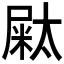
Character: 𡳁